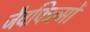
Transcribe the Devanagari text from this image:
जैवफिल्मों